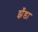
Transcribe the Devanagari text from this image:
झँडा